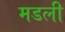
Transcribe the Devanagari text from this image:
मडली